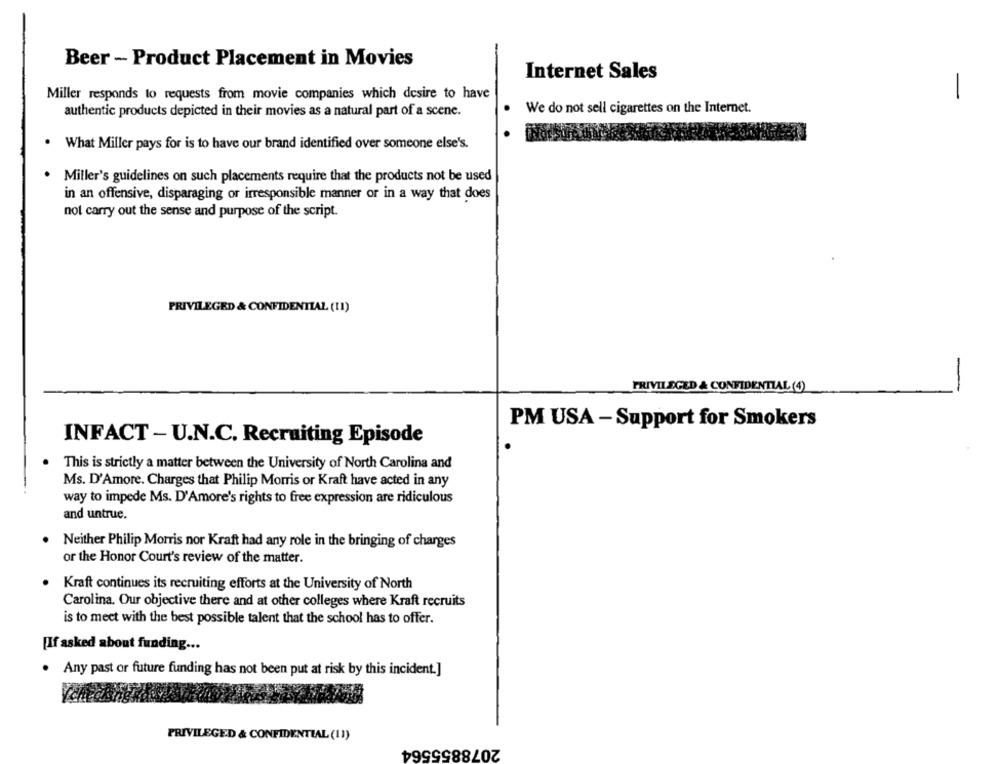
Beer - Product Placement in Movies
Internet Sales
Miller responds to requests from movie companies which desire to have
1
authentic products depicted in their movies as a natural part of a scene.
We do not sell cigarettes on the Internet.
What Miller pays for is to have our brand identified over someone else's.
Miller's guidelines on such placements require that the products not be used
in an offensive, disparaging or irresponsible manner or in a way that does
not carry out the sense and purpose of the script.
PRIVILEGED & CONFIDENTIAL (11)
PRIVILEGED & CONFIDENTIAL (4)
-
PM USA - Support for Smokers
INFACT- U.N.C. Recruiting Episode
This is strictly a matter between the University of North Carolina and
Ms. D'Amore. Charges that Philip Morris or Kraft have acted in any
way to impede Ms. D'Amore's rights to free expression are ridiculous
and untrue.
Neither Philip Morris nor Kraft had any role in the bringing of charges
or the Honor Court's review of the matter.
Kraft continues its recruiting efforts at the University of North
Carolina. Our objective there and at other colleges where Kraft recruits
is to meet with the best possible talent that the school has to offer.
[If asked about funding ...
. Any past or future funding has not been put at risk by this incident.]
PRIVILEGED & CONFIDENTIAL (11)
2078855564